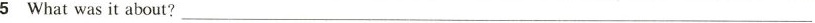
5 Whatwas it about?___